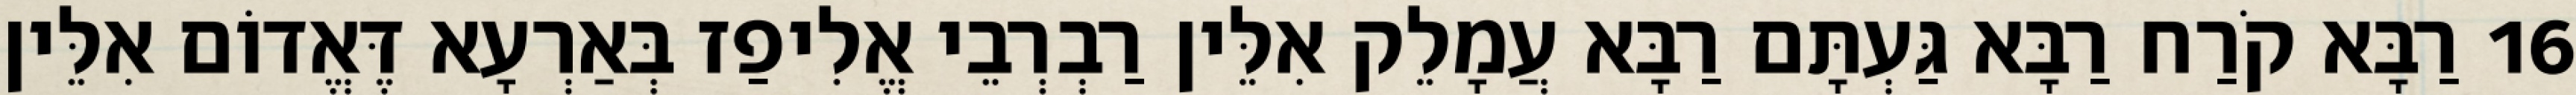
16 רַבָּא קֹרַח רַבָּא גַּעְתָּם רַבָּא עֲמָלֵק אִלֵּין רַבְרְבֵי אֱלִיפַז בְּאַרְעָא דֶּאֱדוֹם אִלֵּין